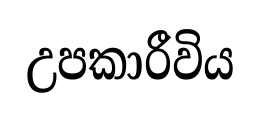
උපකාරීවිය